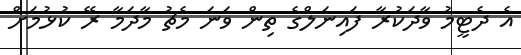
އެ ދެޓީމު ވާދަކުރާ ފައިނަލްގެ ތިން ވަނަ މެޗު މާދަމާ ރޭ ކުޅުމަށް